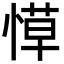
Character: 愺